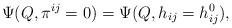
LaTeX: \begin{align*}\Psi(Q,\pi^{ij}=0) = \Psi(Q,h_{ij}=h_{ij}^0),\end{align*}